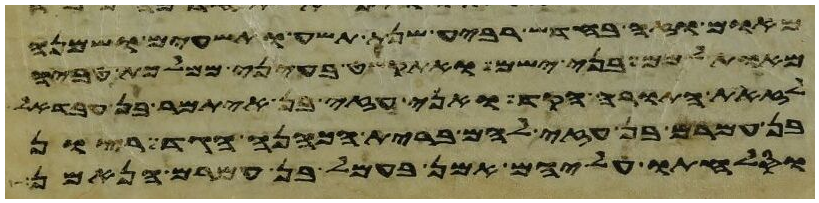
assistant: וימת ויחי נחור תשע ושבעים שנה
את אבני השהם ואת אבני המלאים
לא היו להם ויכהן אלעזר ואיתמר על
את החמרים לצבעון אביו ואלה בני ענה דישון
וישלח מלאכים אל בלעם בן בעור פתרה